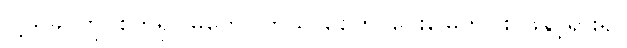
ငါ့သခင်ကို၊ စက်ရှင်မြုတေ၊ ကြွသာစေဟု၊ ဝေးမြေတပါး၊ ဖဲနှင့်ရှား၍၊